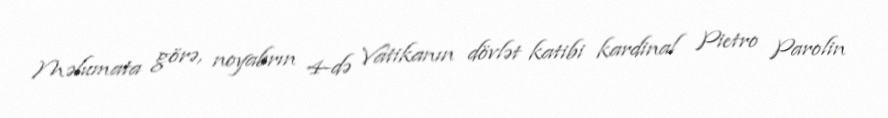
Məlumata görə, noyabrın 4-də Vatikanın dövlət katibi kardinal Pietro Parolin